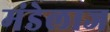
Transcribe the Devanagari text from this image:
मंडेलाज